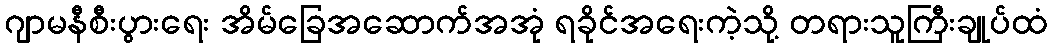
ဂျာမနီစီးပွားရေး အိမ်ခြေအဆောက်အအုံ ရခိုင်အရေးကဲ့သို့ တရားသူကြီးချုပ်ထံ